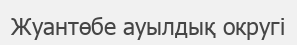
Жуантөбе ауылдық округі